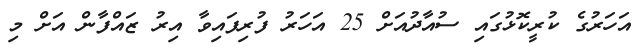
އަހަރުގެ ކުރީކޮޅުގައި ސުއާދުއަށް 25 އަހަރު ފުރިފައިވާ އިރު ޒައްފާން އަށް މި